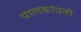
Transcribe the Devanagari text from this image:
पालकांप्रती